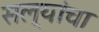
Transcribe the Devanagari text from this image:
सल्यांचा